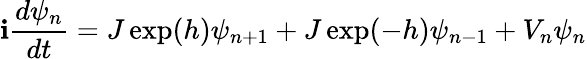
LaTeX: \mathbf{i}\frac{{d\psi_{n}}}{{dt}}=J\exp(h)\psi_{n+1}+J\exp(-h)\psi_{n-1}+V_{n}\psi_{n}